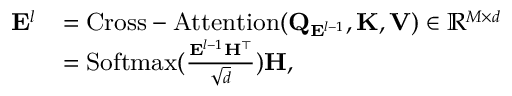
\small \begin{array} { r l } { \mathbf { E } ^ { l } } & { = \mathrm { C r o s s - A t t e n t i o n } ( \mathbf { Q } _ { \mathbf { E } ^ { l - 1 } } , \mathbf { K } , \mathbf { V } ) \in \mathbb { R } ^ { M \times d } } \\ & { = \mathrm { S o f t m a x } ( \frac { \mathbf { E } ^ { l - 1 } \mathbf { H } ^ { \top } } { \sqrt { d } } ) \mathbf { H } , } \end{array}